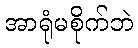
အာရုံမစိုက်ဘဲ